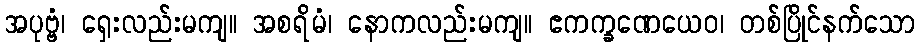
အပုဗ္ဗံ၊ ရှေးလည်းမကျ။ အစရိမံ၊ နောကလည်းမကျ။ ဧကက္ခဏေယေဝ၊ တစ်ပြိုင်နက်သော